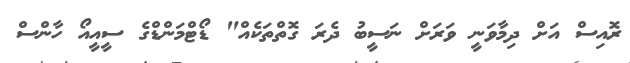
ރޮއިސް އަށް ދިމާވަނީ ވަރަށް ނަސީބު ދެރަ ގޮތްތަކެއް" ޑޯޓްމަންޑްގެ ސީއީއޯ ހާންސް